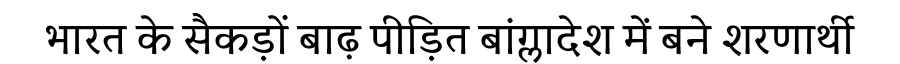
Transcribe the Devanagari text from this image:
भारत के सैकड़ों बाढ़ पीड़ित बांग्लादेश में बने शरणार्थी